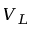
V _ { L }